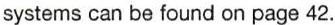
systems can be found on page 42.